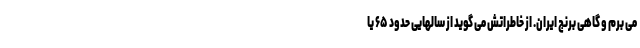
می برم و گاهی برنج ایران. از خاطراتش می گوید از سالهایی حدود ۶۵ یا